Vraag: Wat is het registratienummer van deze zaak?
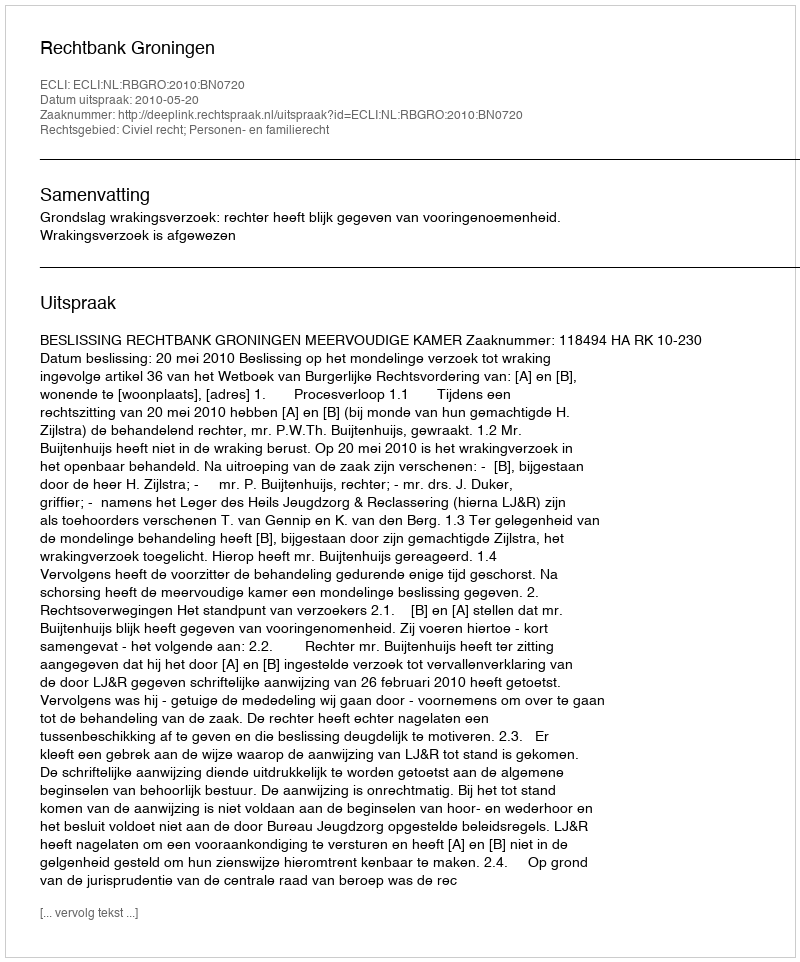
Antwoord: http://deeplink.rechtspraak.nl/uitspraak?id=ECLI:NL:RBGRO:2010:BN0720